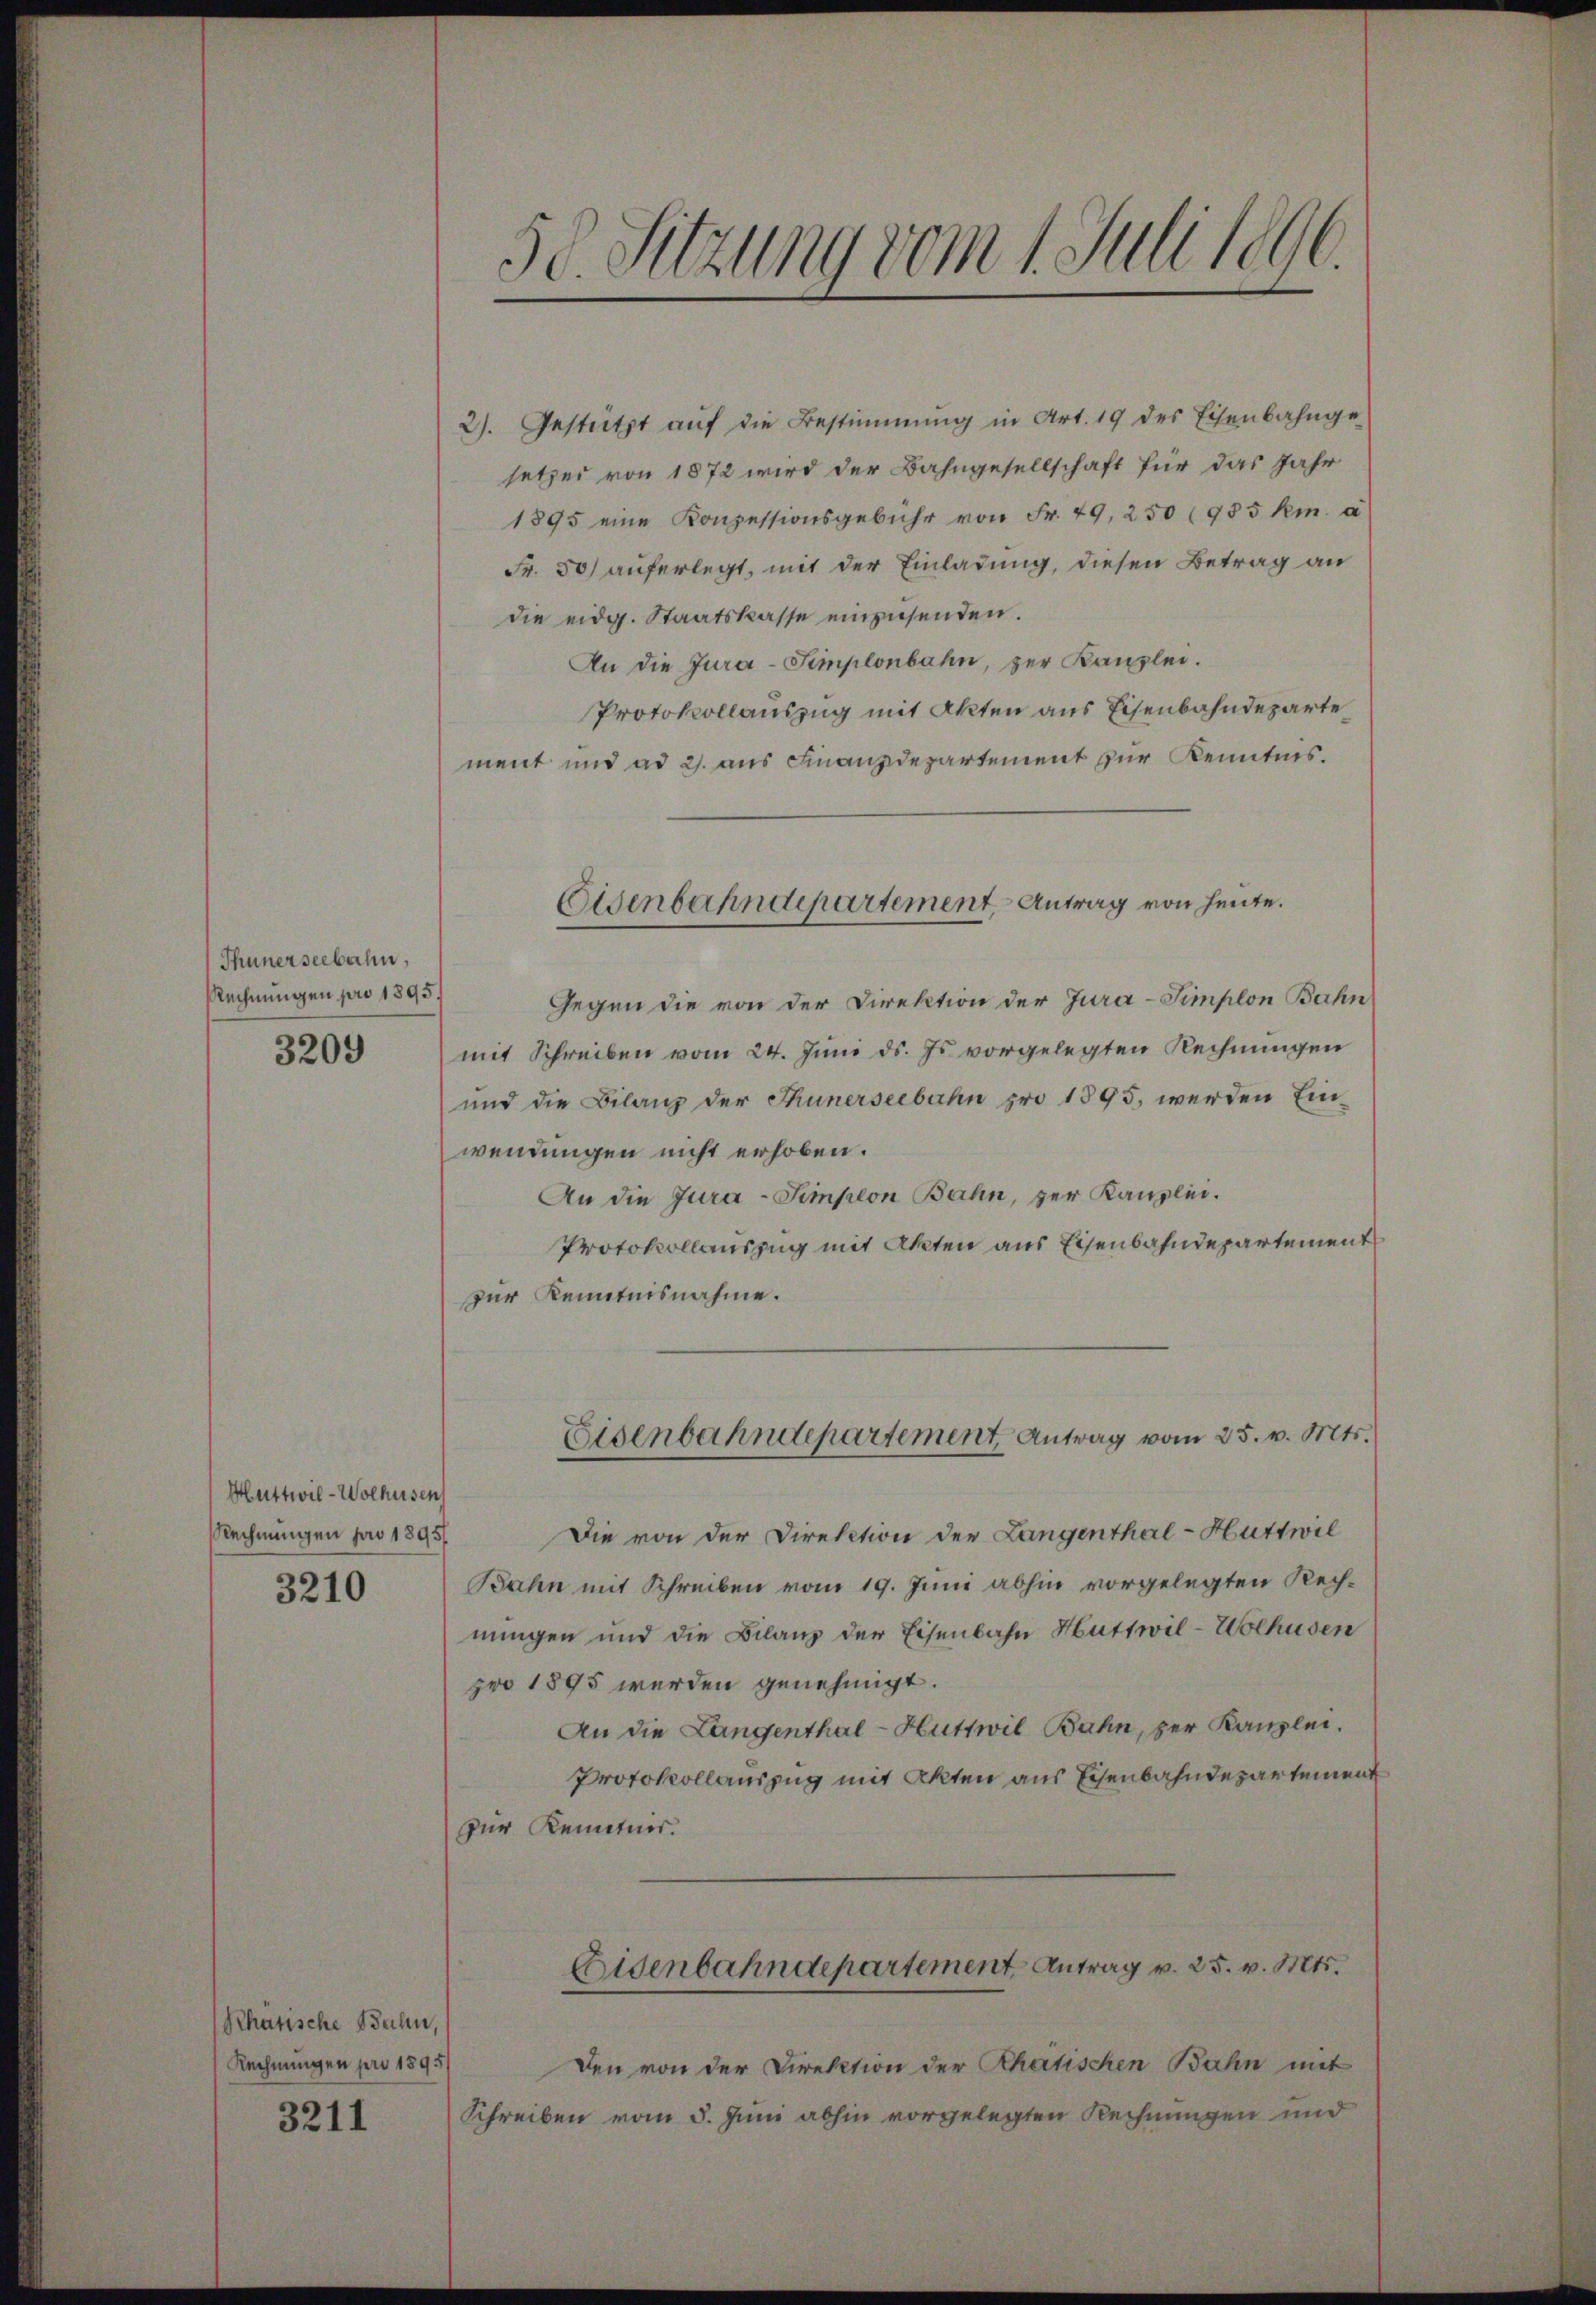
Thunerseebahn,
Rechnungen pro 1895.

3209

Huttwil-Wolhusen
Rechnungen pro 1895/

3210

Rhatische Bahn,
Rechnungen pro 1895/

3211

50. Sitzung vom 1. Juli 1896.

2). Gestützt aŭf die Bestimmung in Art. 19 des Eisenbahnge-
setzer von 1872 wird der Bahngesellschaft für das Jahr
1895 eine Konzessionsgebühr von Fr. 49, 250 (985 km a
Fr. 50) auferlegt, mit der Einladung, diesen Betrag an
die eidg. Staatskasse einzusenden.
An die Jura-Simplonbahn, zur Kanzlei.
Protokollauszug mit Akten aus Eisenbahndeparte
ment und ad 2. aus Finanzdepartement zur Kenntnis.
Gegen die von der Direktion der Jura-Simplon Bahn
mit Schreiben vom 24. Juni d. Js. vorgelegten Rechnungen
und die Bilanz der Thunerseebahn pro 1895, werden Ein-
wendungen nicht erhoben.
An die Jura-Simplon Bahn, zur Kanzlei.
Protokollauszug mit Akten aus Eisenbahndepartement
zur Kenntnisnahme.
Eisenbahndepartement Antrag vom 25. v. Mts.
Die von der Direktion der Langenthal-Huttwil
Bahn mit Schreiben vom 19. Juni abhin vorgelegten Rechnungen und die Bilanz der Eisenbahn Huttwil-Wolhusen
pro 1895 werden genehmigt.
An die Langenthal-Huttwil Bahn, zur Kanzlei.
Protokollauszug mit Akten aus Eisenbahndepartement
zur Kenntner.
Eisenbahndepartement Antrag v. 25. v. Mts.
Den von der Direktion der Rhetischen Bahn mit
Schreiben vom 5. Juni abhin vorgelegten Rechnungen und

Eisenbahndepartement Antrag von heute.